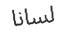
لسانا